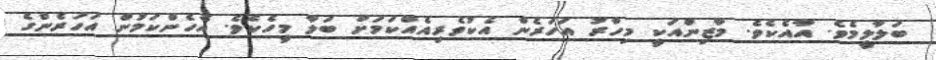
ބަލާލީމެވެ. އާއެކެވެ. މާޒިންއަކީ މިހާރު އަހަރެން އެކުވެރިއެއްކަމަށް ބަލާ މީހެކެވެ. އެހެންކަމުން އަހަރެންގެ